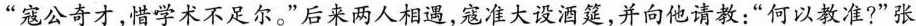
”寇公奇才，惜学术不足尔。”后来两人相遇，寇准大设酒筵，并向他请教：”何以教准?”张